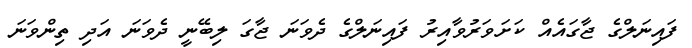
ފައިނަލްގެ ޖާގައެއް ކަށަވަރުވާއިރު ފައިނަލްގެ ދެވަނަ ޖާގަ ލިބޭނީ ދެވަނަ އަދި ތިންވަނަ